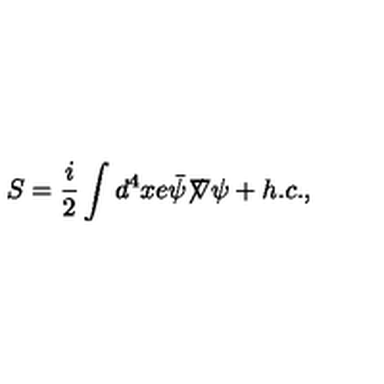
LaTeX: S = \frac { i } { 2 } \int d ^ { 4 } x e { \bar { \psi } } { \not \! \nabla } \psi + h . c . ,